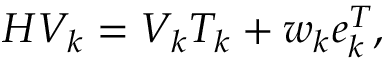
H V _ { k } = V _ { k } T _ { k } + w _ { k } e _ { k } ^ { T } ,